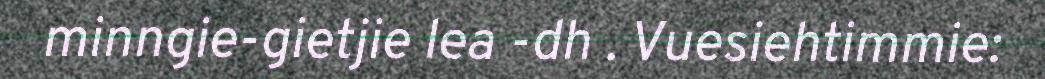
minngie-gietjie lea -dh . Vuesiehtimmie: